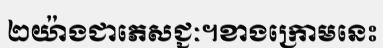
២យ៉ាងជាភេសជ្ជៈ។ខាងក្រោមនេះ